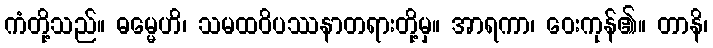
ကံတို့သည်။ ဓမ္မေဟိ၊ သမထဝိပဿနာတရားတို့မှ။ အာရကာ၊ ဝေးကုန်၏။ တာနိ၊